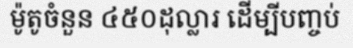
ម៉ូតូចំនួន ៤៥០ដុល្លារ ដើម្បីបញ្ចប់